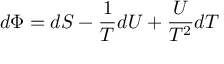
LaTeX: d \Phi = d S - { \frac { 1 } { T } } d U + { \frac { U } { T ^ { 2 } } } d T